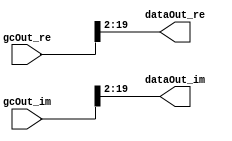
// -------------------------------------------------------------
// 
// 
// Generated by MATLAB 9.13 and HDL Coder 4.0
// 
// -------------------------------------------------------------


// -------------------------------------------------------------
// 
// Module: castSection
// Source Path: DUCforLTEHDL/HDL_DUC/CICInterpolator/castSection
// Hierarchy Level: 2
// 
// -------------------------------------------------------------

`timescale 1 ns / 1 ns

module castSection
          (gcOut_re,
           gcOut_im,
           dataOut_re,
           dataOut_im);


  input   signed [19:0] gcOut_re;  // sfix20_En14
  input   signed [19:0] gcOut_im;  // sfix20_En14
  output  signed [17:0] dataOut_re;  // sfix18_En12
  output  signed [17:0] dataOut_im;  // sfix18_En12




  assign dataOut_re = gcOut_re[19:2];



  assign dataOut_im = gcOut_im[19:2];



endmodule  // castSection